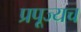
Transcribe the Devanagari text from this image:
प्रपूज्यच